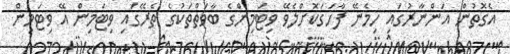
އެގޮތުން އަންނާރުގައި ހިމެނޭ ފާހަގަކޮށްލެވޭ ވިޓަމިންގެ ބާވަތްތަކުގެ ތެރޭގައި ވިޓަމިން އޭ ވިޓަމިން